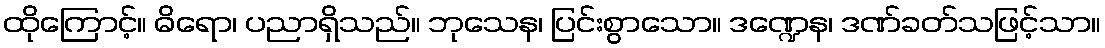
ထိုကြောင့်။ ဓိရော၊ ပညာရှိသည်။ ဘုသေန၊ ပြင်းစွာသော။ ဒဏ္ဍေန၊ ဒဏ်ခတ်သဖြင့်သာ။